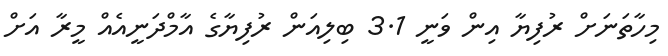
މިހާތަނަށް ރުފިޔާ އިން ވަނީ 3.1 ބިލިއަން ރުފިޔާގެ އާމްދަނީއެއް މީރާ އަށް